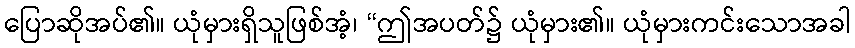
ပြောဆိုအပ်၏။ ယုံမှားရှိသူဖြစ်အံ့၊ “ဤအပတ်၌ ယုံမှား၏။ ယုံမှားကင်းသောအခါ